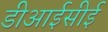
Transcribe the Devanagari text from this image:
डीआईसीई